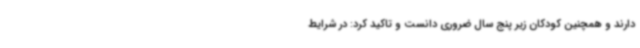
دارند و همچنین کودکان زیر پنج سال ضروری دانست و تاکید کرد: در شرایط